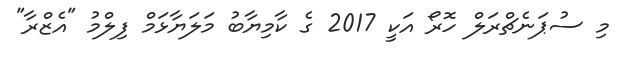
މި ސުޕަނެޗްރަލް ހޮރޯ އަކީ 2017 ގެ ކާމިޔާބު މަލަޔާޅަމް ފިލްމު "އެޒްރާ"